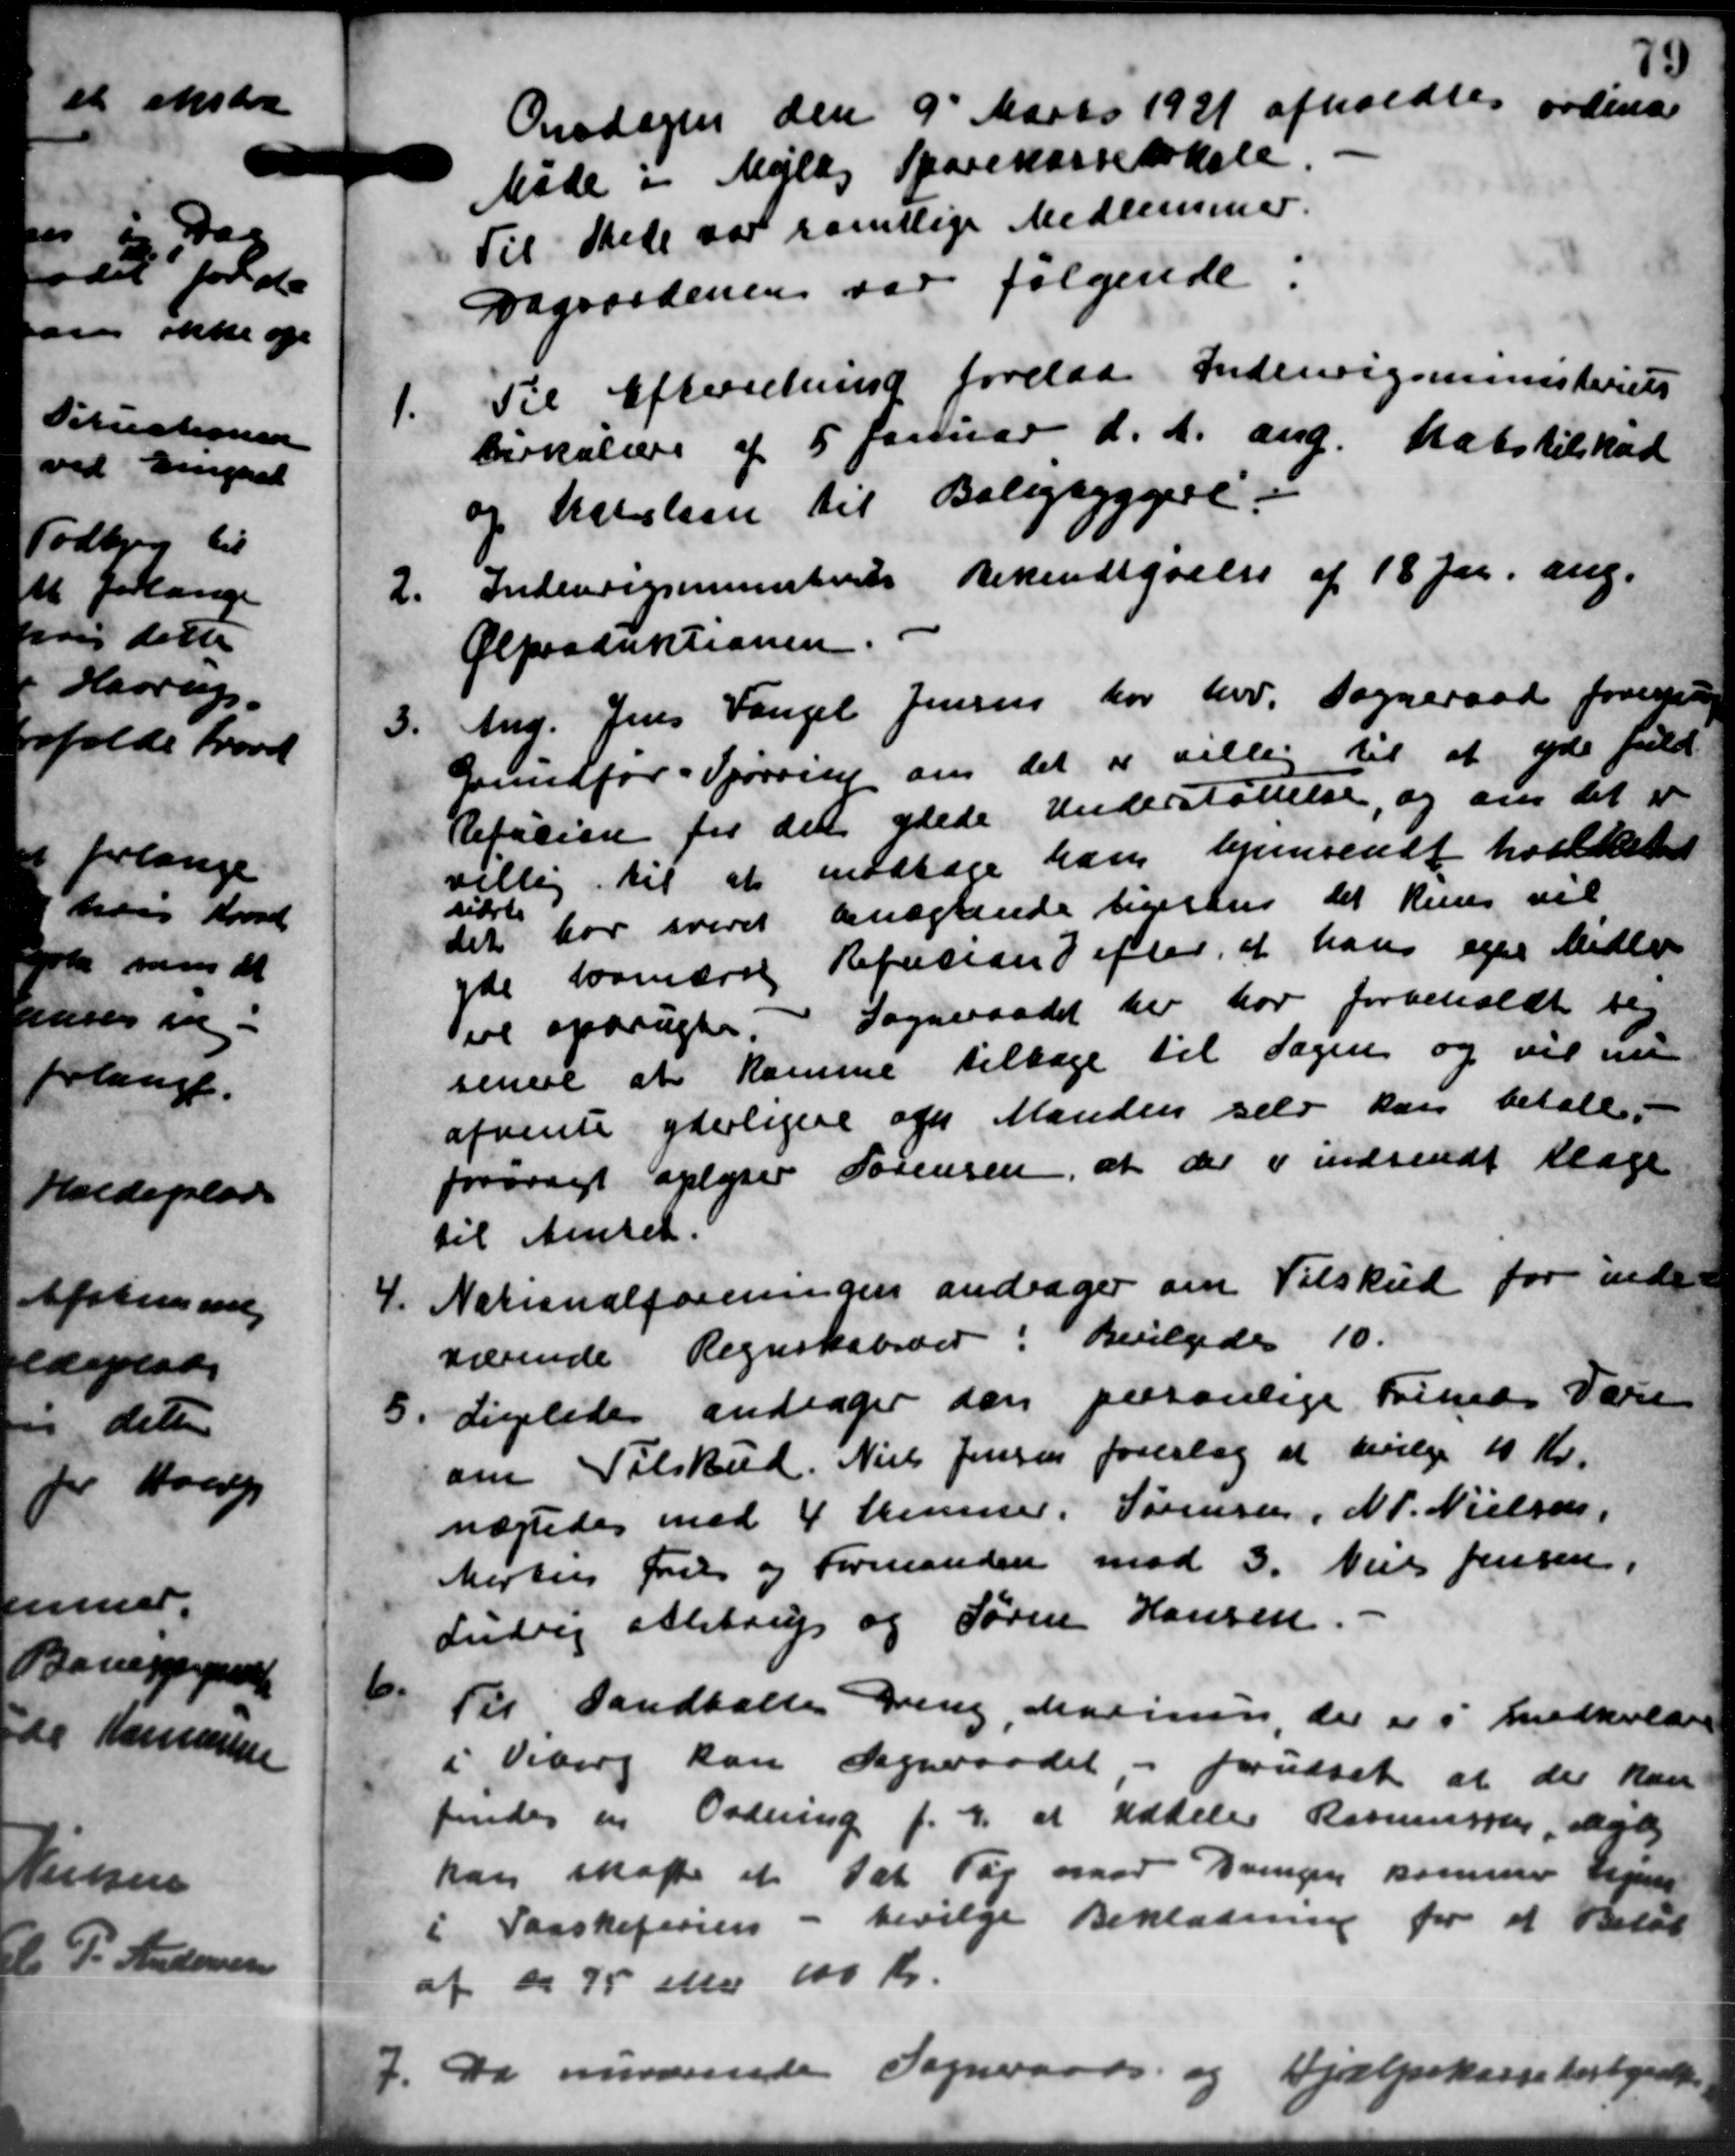
Transskription:
Onsdagen den 9´Marts 1921 afholdtes ordinær
Møde i Mejlby Sparekasselokale.
Til Stede var samtlige Medlemmer.
Dagsordenen var følgende
1.
Til Efterretning forelaa Indenrigsministeriets
Cirkulære af 5 Januar d. A. ang. Statstilskud
og Katalien til Beligsyggere.
2.
Indenrigsministeriets Bekendtgørelse af 18 Ju. ang.
Ølproduktionen
3.
And. Jens Vangel Jensen har hvor Sogneraad forestaae
Grundfør-Spørring om det er villig til at yde fuld
Refusion for det ydede Understøttelse, og om det er
villig til at modtage han hjemsendt hvilket
sidste
det har svaret benægtende ligeshus det kun vil
yde laanære Refusion efter, at hans egen Midler
eil opbrugte. Sogneraadet her har forbeholdt sig
senere at komme tilbage til Sagen og vil nu
afvente yderligere og Manden selv kan betale.
forøragt oplyser Sørensen, at der i indsendt Klage
til Amtet.
4.
Nationalforeningen andrager om Tilskud for inde-
værende Regnskabsaar. Bevilgedes 10.
5.
Ligeledes andrager den personlige Friheds Vare
om Tilskud. Niels Jensen foreslog at bevilge 10 Kr.
nægtedes med 4 Stemmer. Sørensen, N. P. Nielsen,
Mortens Fries og Formanden mod 3. Niels Jensen,
Ludeg Alstrup og Søren Hansen
6.
Til Vandballe Dreng, Marinen, der er i Medholde
i Viborg kan Sogneraadet - forudset at der kan
findes en Ordning f. 2. at Uddeler Rasmussen, Mel
kan skaffe et sat Tag naar Drengen sammer Hegns
i Paaskeferien - bevilge Beklædning for et Beløb
af ca 75 eller 100 Kr.
7. Da nuværende Sogneraads- og Hjælpekassefortegaar
7. Da nuværende Sogneraads- og Hjælpekassefortegaar
73